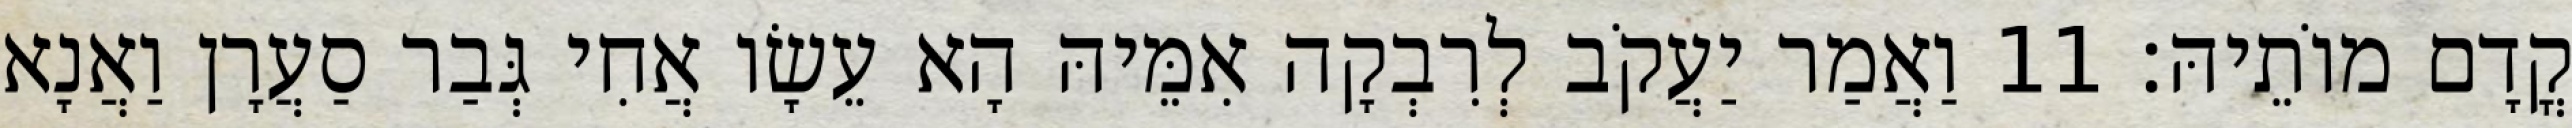
קֳדָם מוֹתֵיהּ׃ 11 וַאֲמַר יַעֲקֹב לְרִבְקָה אִמֵּיהּ הָא עֵשָׂו אֲחִי גְּבַר סַעֲרָן וַאֲנָא